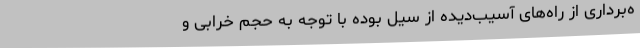
ه‌برداری از راه‌های آسیب‌دیده از سیل بوده با توجه به حجم خرابی و